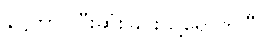
နိဋ္ဌိတာ၊ ပြီးဆုံးခြင်းသို့ရောက်ပြီ။